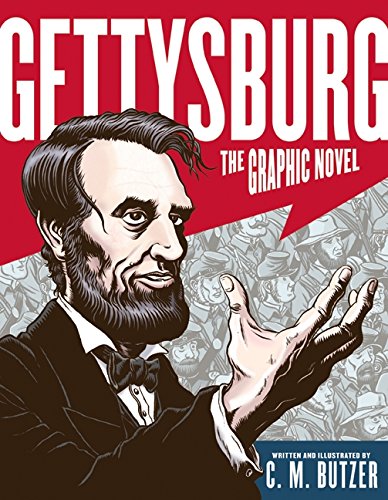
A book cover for Gettysburg: The Graphic Novel; C. M. Butzer; Children's Books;